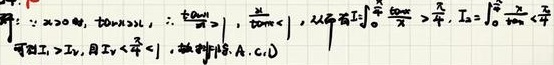
解：因为\(x>0\)时，\(\tan x > x\)，所以\(\frac{x}{\tan x}<1\)，\(\frac{\tan x}{x}>1\)。又\(I_{1}=\int_{0}^{\frac{\pi}{4}}\frac{\tan x}{x}dx>\frac{\pi}{4}\)，\(I_{2}=\int_{0}^{\frac{\pi}{4}}\frac{x}{\tan x}dx<\frac{\pi}{4}\)，可知\(I_{1}>I_{2}\)，且\(I_{2}<\frac{\pi}{4}<1\)，故排除A、C、D。